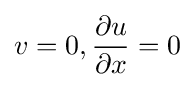
v=0,{\frac {\partial u}{\partial x}}=0